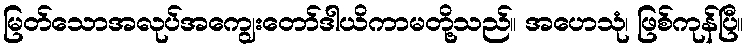
မြတ်သောအလုပ်အကျွေးတော်ဒါယိကာမတို့သည်။ အဟေသုံ၊ ဖြစ်ကုန်ပြီ။